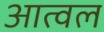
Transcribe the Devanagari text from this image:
आत्वल